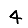
Digit: 4